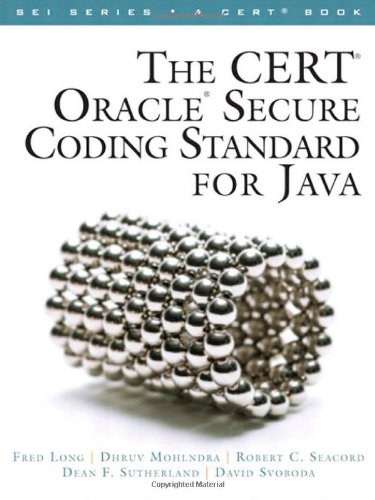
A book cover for The CERT Oracle Secure Coding Standard for Java (SEI Series in Software Engineering); Fred Long; Computers & Technology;